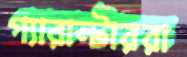
গ্যারান্টাররা